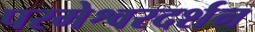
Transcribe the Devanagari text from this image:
परमेश्वरदर्शन